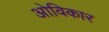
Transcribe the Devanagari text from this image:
ओविकार